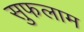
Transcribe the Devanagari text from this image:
सुफलाम